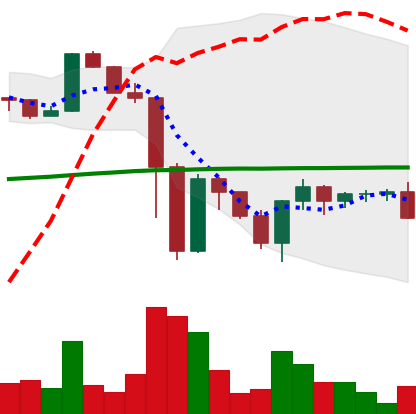
Ticker: XRP-USD
Chart end date: 2022-11-20
Forward return: 12.838%
Label: up_7plus